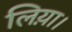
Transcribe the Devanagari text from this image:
लिय़ा।